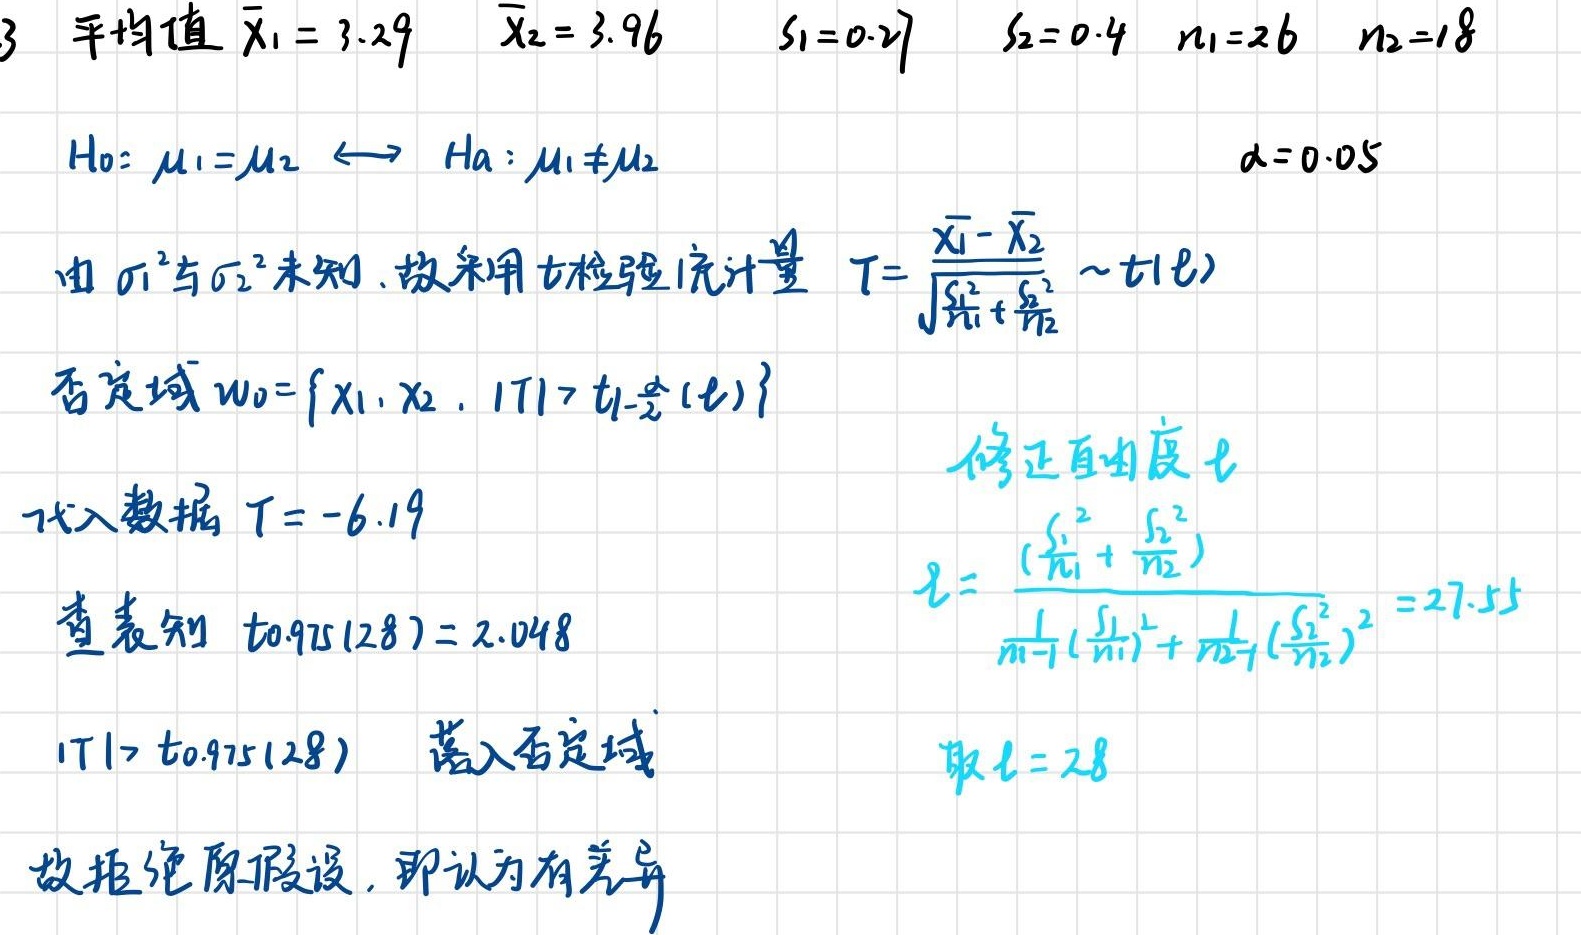
平均值 $\bar{x}_1 = 3.29$  $\bar{x}_2 = 3.96$  $s_1 = 0.27$  $s_2 = 0.4$  $n_1 = 26$  $n_2 = 18$

$H_0: \mu_1=\mu_2 \longleftrightarrow H_a: \mu_1\neq\mu_2$  $\alpha = 0.05$

由 $\sigma_1^2$ 与 $\sigma_2^2$ 未知，故采用 $t$ 检验统计量 $T = \frac{\bar{x}_1 - \bar{x}_2}{\sqrt{\frac{s_1^2}{n_1}+\frac{s_2^2}{n_2}}} \sim t(\nu)$

否定域 $W_0 = \{x_1, x_2, |T|>t_{1-\frac{\alpha}{2}}(\nu)\}$

代入数据 $T = -6.19$

查表知 $t_{0.975}(28) = 2.048$

$|T|>t_{0.975}(28)$ 落入否定域

修正自由度 $\nu$

$\nu=\frac{(\frac{s_1^2}{n_1}+\frac{s_2^2}{n_2})^2}{\frac{1}{n_1 - 1}(\frac{s_1^2}{n_1})^2+\frac{1}{n_2 - 1}(\frac{s_2^2}{n_2})^2}=27.55$

取 $\nu = 28$

故拒绝原假设，即认为有差异